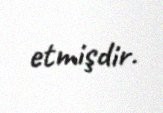
etmişdir.